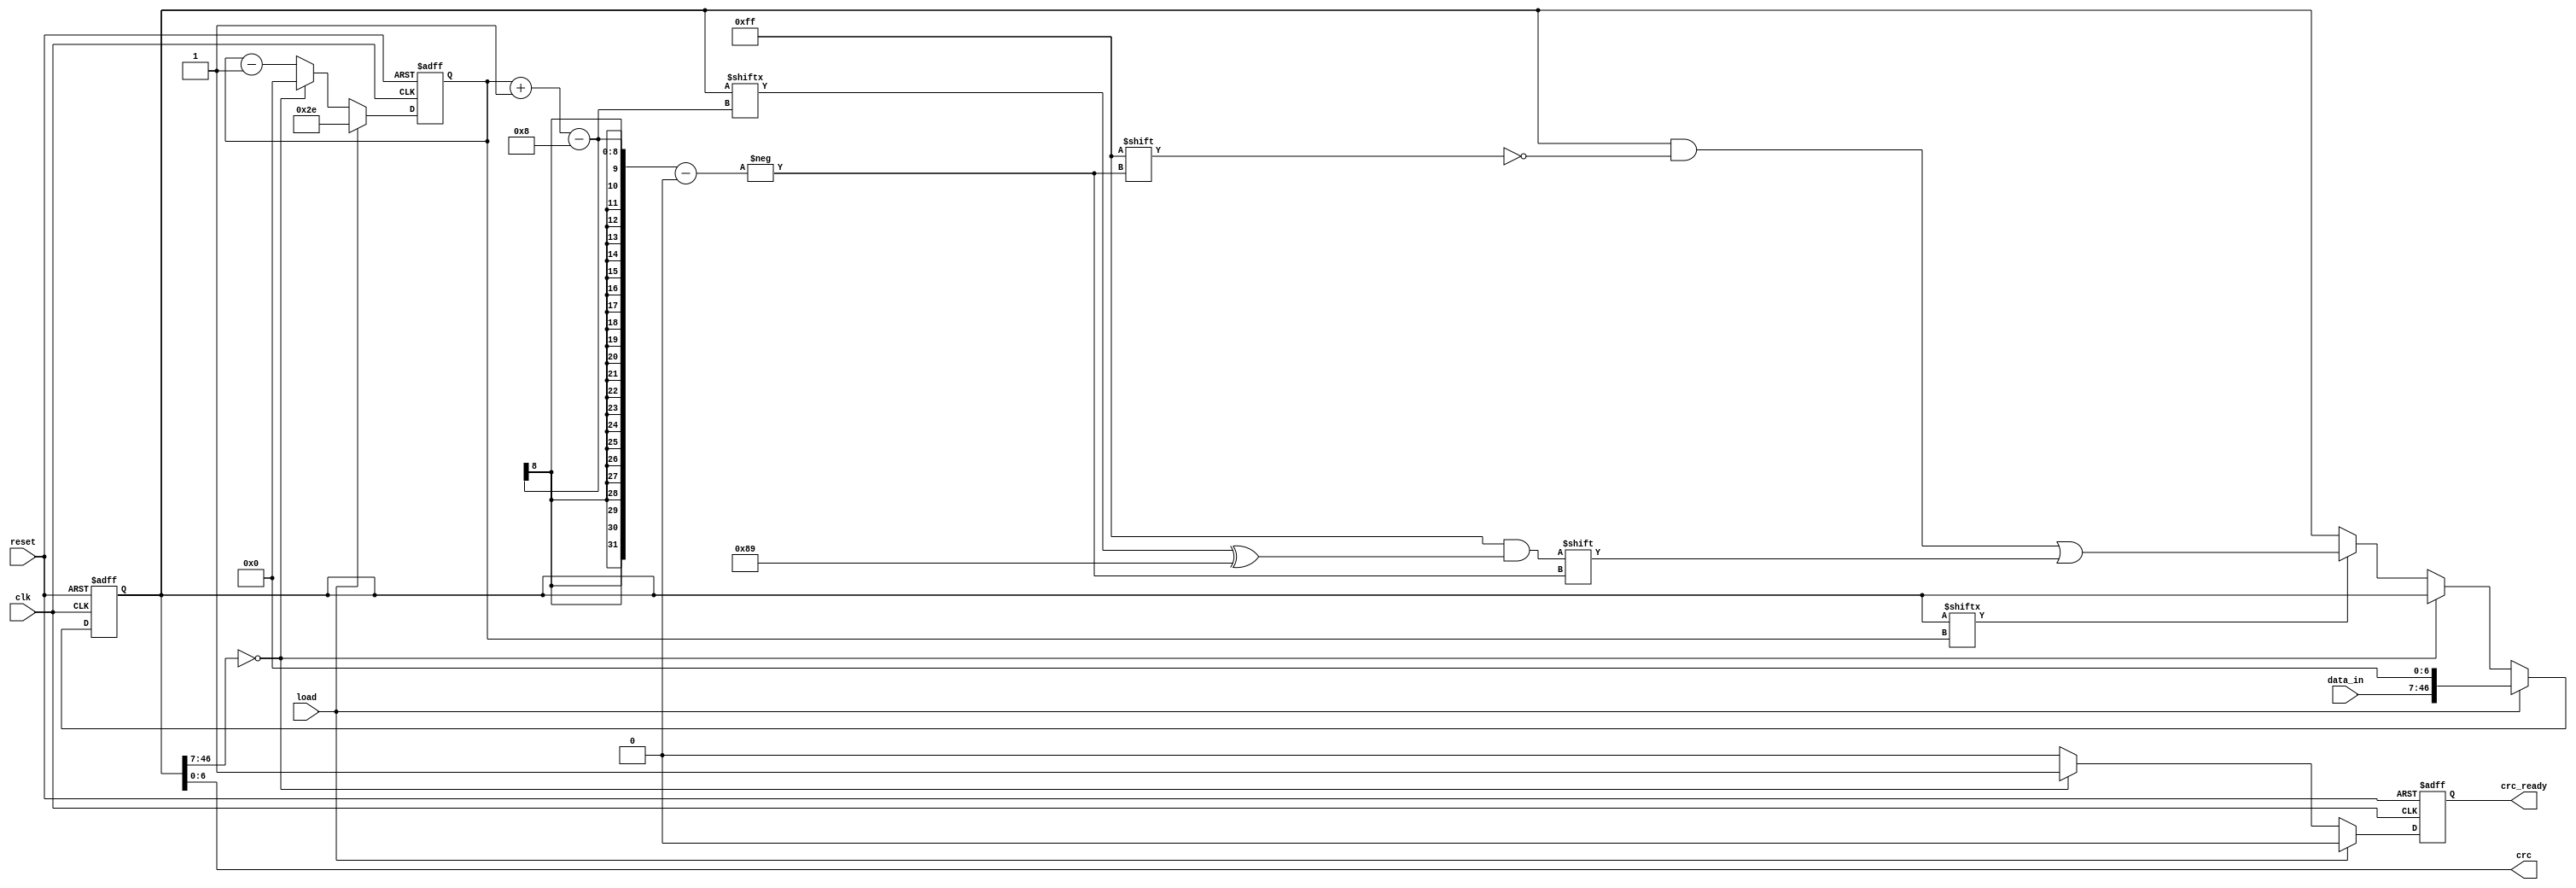
module crc7 
    #(parameter WIDTH=40)
    (clk, reset, load, data_in, crc_ready, crc);
    input clk, reset, load;
    input [WIDTH-1:0] data_in;
    output reg crc_ready;
    output [6:0] crc;
    
    reg [WIDTH+6:0] data;
    reg [6:0] index;
    wire [7:0] divisor;

    // generator polynomial: G(x) = x^7 + x^3 + 1
    assign divisor = 8'b10001001;
    assign crc = data[6:0];

    always @(posedge clk, posedge reset) begin
        if (reset) begin
            crc_ready <= 1'b0;
            index     <= WIDTH[6:0] + 7'd6;
            data      <= 0;
        end
        else if (load) begin
            crc_ready <= 1'b0;
            index     <= WIDTH[6:0] + 7'd6;
            data <= {data_in, 7'b0};
        end
        else begin
            // Algorithm stops here
            if (data[WIDTH[6:0]+6:7] == 0) begin
                crc_ready <= 1'b1;
                index     <= 7'b0;
                data      <= data;
            end
            else begin
                index     <= index - 1'b1;
                crc_ready <= 1'b0;
                if (data[index]) begin
                    data[index -: 8] <= data[index -: 8] ^ divisor;
                end
                else begin
                    data <= data;
                end
            end
        end
    end

endmodule